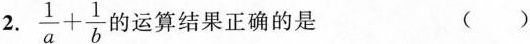
2.$$\frac { 1 } { a } + \frac { 1 } { b }$$ 的运算结果正确的是 ()